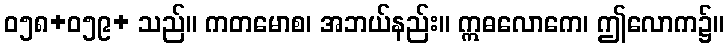
ဝ၅၈+၀၅၉+ သည်။ ကတမောစ၊ အဘယ်နည်း။ ဣဓလောကေ၊ ဤလောက၌။